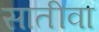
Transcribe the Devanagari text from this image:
सातीवा